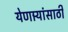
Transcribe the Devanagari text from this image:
येणार्‍यांसाठी